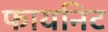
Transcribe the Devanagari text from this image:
फायनिट